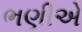
ભણીએ